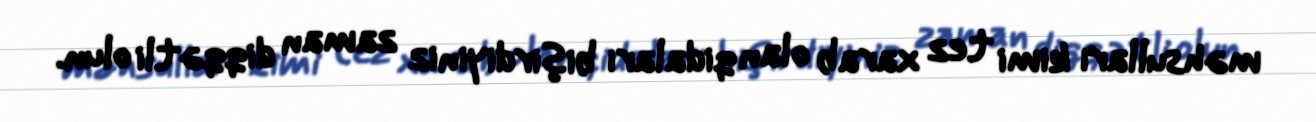
məhsulları kimi tez xarab olan qidaları bişirdiyiniz zaman diqqətli olun.